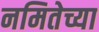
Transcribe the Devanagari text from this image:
नमितेच्या